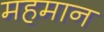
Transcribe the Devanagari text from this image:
महमान